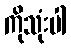
ကိုသုံးပါ